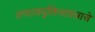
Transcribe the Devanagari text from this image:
तणावमुक्तिशास्त्राचे